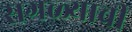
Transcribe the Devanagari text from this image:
सगळ्याची